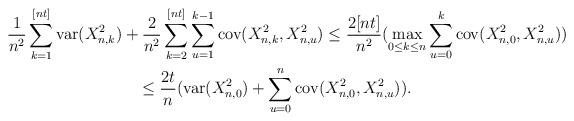
LaTeX: \begin{gather*}\frac{1}{n^{2}}\sum_{k=1}^{[nt]}\mathrm{var}(X_{n,k}^{2})+\frac{2}{n^{2}}\sum_{k=2}^{[nt]}\sum_{u=1}^{k-1}\mathrm{cov}(X_{n,k}^{2},X_{n,u}^{2})\leq\frac{2[nt]}{n^{2}}(\max_{0\leq k\leq n}\sum_{u=0}^{k}\mathrm{cov}(X_{n,0}^{2},X_{n,u}^{2}))\\\leq\frac{2t}{n}(\mathrm{var}(X_{n,0}^{2})+\sum_{u=0}^{n}\mathrm{cov}(X_{n,0}^{2},X_{n,u}^{2})).\end{gather*}